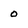
Character: o